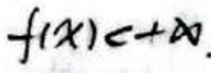
$f ( x ) \in + \infty$